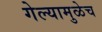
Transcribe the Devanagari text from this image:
गेल्यामुळेच